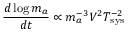
\frac { d \log m _ { a } } { d t } \propto m _ { a } ^ { - 3 } V ^ { 2 } T _ { \mathrm { s y s } } ^ { - 2 }